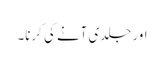
اور جلدی آنے کی کرنا۔